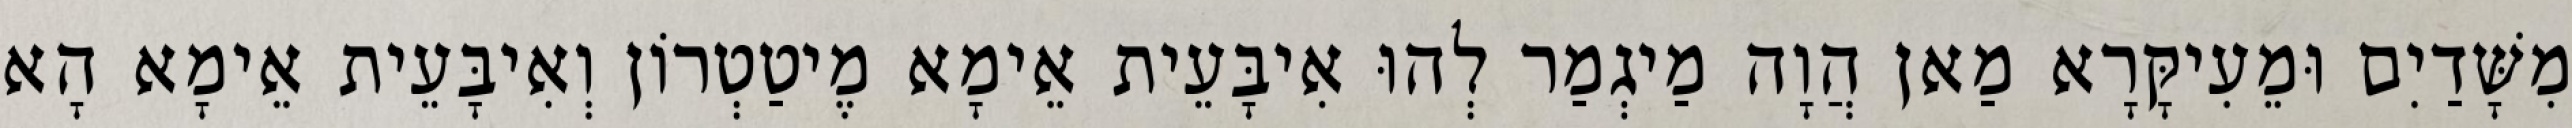
מִשָּׁדַיִם וּמֵעִיקָּרָא מַאן הֲוָה מַיגְמַר לְהוּ אִיבָּעֵית אֵימָא מֶיטַטְרוֹן וְאִיבָּעֵית אֵימָא הָא